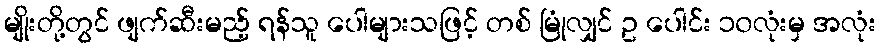
မျိုးတို့တွင် ဖျက်ဆီးမည့် ရန်သူ ပေါများသဖြင့် တစ် မြုံလျှင် ဥ ပေါင်း ၁၀လုံးမှ အလုံး